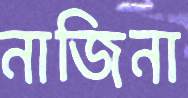
নাজিনা